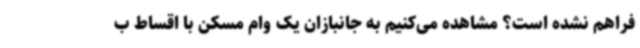
فراهم نشده است؟ مشاهده می‌کنیم به جانبازان یک وام مسکن با اقساط ب